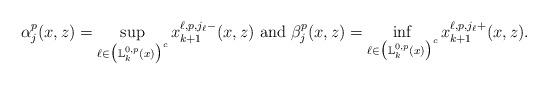
LaTeX: \begin{align*} \alpha_{j}^p(x,z)= \sup_{\ell \in \big(\mathbb L^{0,p}_{k} (x)\big)^c} x_{k+1}^{\ell,p,j_{\ell}-} (x,z) \textrm{ and } \beta_{j}^p(x,z)= \inf_{\ell \in \big(\mathbb L^{0,p}_{k} (x)\big)^c} x_{k+1}^{\ell,p,j_{\ell}+} (x,z).\end{align*}